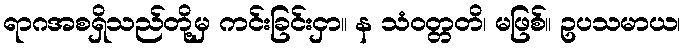
ရာဂအစရှိသည်တို့မှ ကင်းခြင်းငှာ။ န သံဝတ္တတိ၊ မဖြစ်။ ဥပသမာယ၊